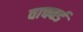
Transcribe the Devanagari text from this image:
वाचवर्ड